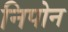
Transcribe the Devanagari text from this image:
निपोन